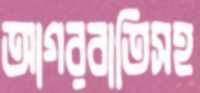
আগরবাতিসহ